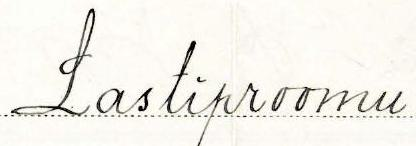
Lastiproomu